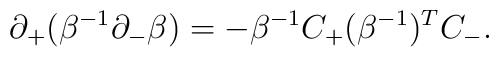
\partial_+(\beta^{-1} \partial_- \beta) = -\beta^{-1} C_+(\beta^{-1})^T C_-.